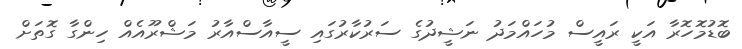
ބޮޑުމޮހޮރާ އަކީ ރައީސް މުހައްމަދު ނަޝީދުގެ ސަރުކާރުގައި ސީއާސްއާރު މަޝްރޫއެއް ހިންގާ ގޮތަށް